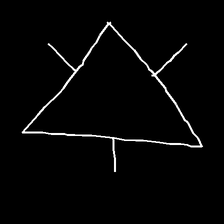
Glyph: fire